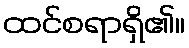
ထင်စရာရှိ၏။